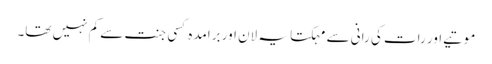
موتیے اور رات کی رانی سے مہکتا یہ لان اور برامدہ کسی جنت سے کم نہیں تھا۔